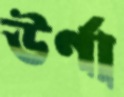
উর্ণা